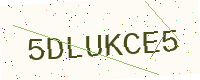
Text: 5DLUKCE5